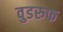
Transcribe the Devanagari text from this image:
वुडरुफ